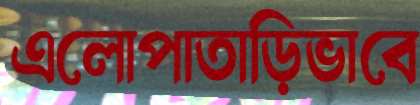
এলোপাতাড়িভাবে